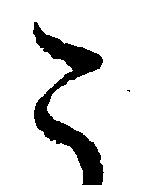
こ